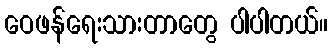
ဝေဖန်ရေးသားတာတွေ ပါပါတယ်။